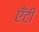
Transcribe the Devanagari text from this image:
एँटी